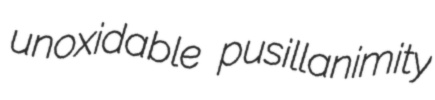
unoxidable pusillanimity